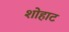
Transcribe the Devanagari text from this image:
शोहाट